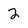
Character: 2